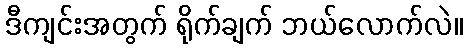
ဒီကျင်းအတွက် ရိုက်ချက် ဘယ်လောက်လဲ။